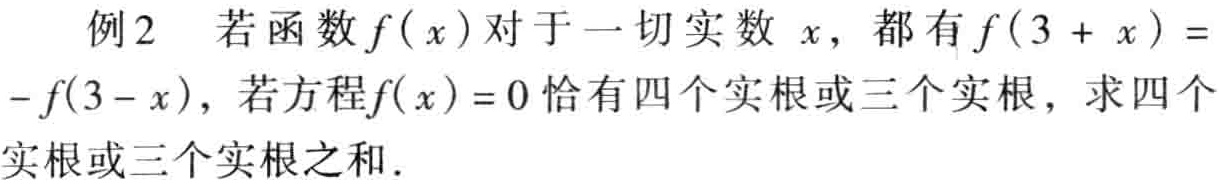
例2 若函数\(f(x)\)对于一切实数 \(x\)，都有\(f(3 + x)=-f(3 - x)\)，若方程\(f(x)=0\)恰有四个实根或三个实根，求四个实根或三个实根之和．